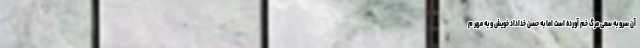
آن سرو به سعی مرگ خم آورده است اما به حُسن خداداد خویش و به مهر م